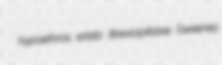
hypaethros eristic Brevicipitidae Sweeney